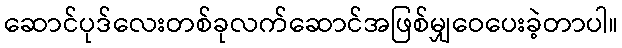
ဆောင်ပုဒ်လေးတစ်ခုလက်ဆောင်အဖြစ်မျှဝေပေးခဲ့တာပါ။